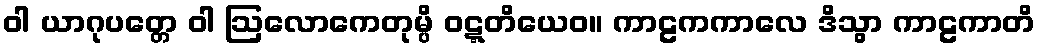
ဝါ ယာဂုပတ္တေ ဝါ ဩလောကေတုမ္ပိ ဝဋ္ဋတိယေဝ။ ကာဠကကာလေ ဒိသွာ ကာဠကာတိ